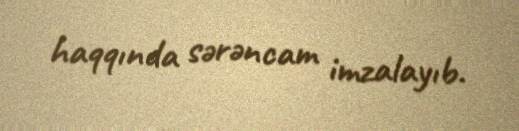
haqqında sərəncam imzalayıb.